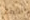
براينت